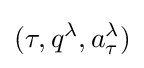
(\tau ,q^{\lambda },a_{\tau }^{\lambda })